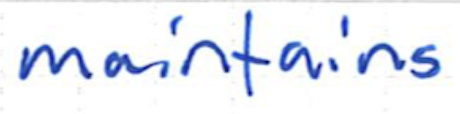
Text: maintains
Cross-out: clean
Writing tool: ballpoint